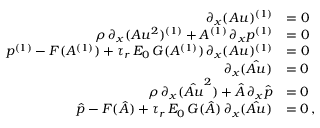
\begin{array} { r l } { \partial _ { x } ( A u ) ^ { ( 1 ) } } & { = 0 } \\ { \rho \, \partial _ { x } ( A u ^ { 2 } ) ^ { ( 1 ) } + A ^ { ( 1 ) } \, \partial _ { x } p ^ { ( 1 ) } } & { = 0 } \\ { p ^ { ( 1 ) } - F ( A ^ { ( 1 ) } ) + \tau _ { r } \, E _ { 0 } \, G ( A ^ { ( 1 ) } ) \, \partial _ { x } ( A u ) ^ { ( 1 ) } } & { = 0 } \\ { \partial _ { x } ( \boldsymbol { \hat { A u } } ) } & { = 0 } \\ { \rho \, \partial _ { x } ( \boldsymbol { \hat { A u } ^ { 2 } } ) + \boldsymbol { \hat { A } } \, \partial _ { x } \boldsymbol { \hat { p } } } & { = 0 } \\ { \boldsymbol { \hat { p } } - \boldsymbol { F } ( \boldsymbol { \hat { A } } ) + \tau _ { r } \, E _ { 0 } \, \boldsymbol { G } ( \boldsymbol { \hat { A } } ) \, \partial _ { x } ( \boldsymbol { \hat { A u } } ) } & { = 0 \, , } \end{array}